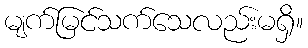
မျက်မြင်သက်သေလည်းမရှိ။